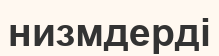
низмдерді